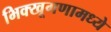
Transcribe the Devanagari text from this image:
भिक्खूगणामध्ये